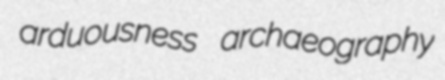
arduousness archaeography